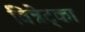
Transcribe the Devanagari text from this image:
विन्नेट्का